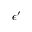
\epsilon ^ { \prime }